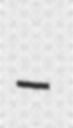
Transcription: –